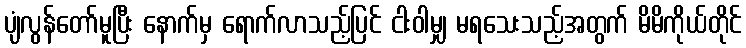
ပျံလွန်တော်မူပြီး နောက်မှ ရောက်လာသည့်ပြင် ငါးဝါမျှ မရသေးသည့်အတွက် မိမိကိုယ်တိုင်